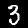
Label: 3